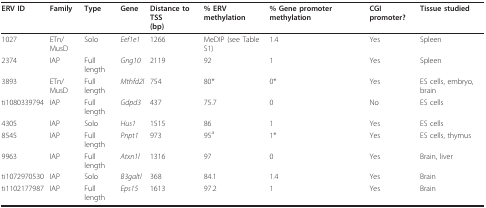
| ERV ID | Family | Type | Gene | Distance to TSS(bp) | % ERV methylation | % Gene promoter methylation | CGI promoter? | Tissue studied |
 | --- | --- | --- | --- | --- | --- | --- | --- | --- |
 | 1027 | ETn/MusD | Solo | Eef1e1 | 1266 | MeDIP (see Table S1) | 1.4 | Yes | Spleen |
 | 2374 | IAP | Full length | Gng10 | 2119 | 92 | 1 | Yes | Spleen |
 | 3893 | ETn/MusD | Full length | Mthfd2l | 754 | 80* | 0* | Yes | ES cells, embryo, brain |
 | ti1080339794 | IAP | Full length | Gdpd3 | 437 | 75.7 | 0 | No | ES cells |
 | 4305 | IAP | Solo | Hus1 | 1515 | 86 | 1 | Yes | ES cells |
 | 8545 | IAP | Full length | Pnpt1 | 973 | 95a | 1* | Yes | ES cells, thymus |
 | 9963 | IAP | Full length | Atxn1l | 1316 | 97 | 0 | Yes | Brain, liver |
 | ti1072970530 | IAP | Solo | B3galtl | 368 | 84.1 | 1.4 | Yes | Brain |
 | ti1102177987 | IAP | Full length | Eps15 | 1613 | 97.2 | 1 | Yes | Brain |